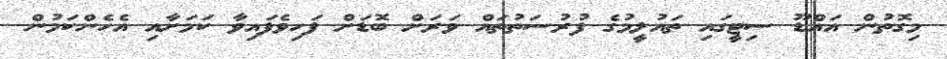
މިގޮތުން އައްޑޫ ސިޓީގައި ތައުލީމުގެ ފުރުސަތުތައް ވަރަށް ބޮޑަށް ފަހިވެފައިވާ ކަމަށާއި އެހެންކަމުން